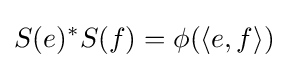
S(e)^{*}S(f)=\phi (\langle e,f\rangle )